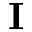
\textbf { I }